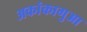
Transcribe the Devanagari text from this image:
अकांकागुआ